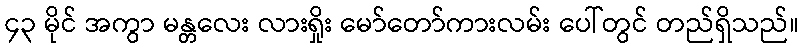
၄၃ မိုင် အကွာ မန္တလေး လားရှိုး မော်တော်ကားလမ်း ပေါ်တွင် တည်ရှိသည်။